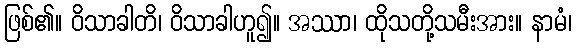
ဖြစ်၏။ ဝိသာခါတိ၊ ဝိသာခါဟူ၍။ အဿာ၊ ထိုသတို့သမီးအား။ နာမံ၊